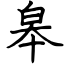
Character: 皋